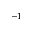
^ { - 1 }